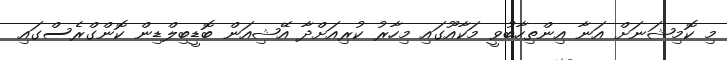
މި ކޮމިޝަނަށް އަނާ އިންތިހާބުވީ މަކާއޫގައި މިހާރު ކުރިއަށްދާ އޭޝިއަން ބޮޑީބިލްޑިން ކޮންގްރެސްގައި